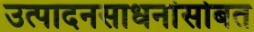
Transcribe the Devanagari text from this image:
उत्पादनसाधनांसोबत